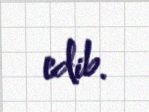
edib.